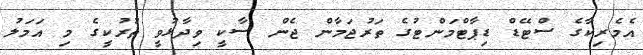
އެމެރިކާގެ ސްޓޭޑް ޑިޕާޓްމަންޓުގެ ތަރުޖަމާން ޖެން ސާކީ ވިދާޅުވީ ތުރުކީގެ މި އަމަލު